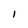
Character: I